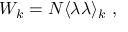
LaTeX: { \cal W } _ { k } = N \langle \lambda \lambda \rangle _ { k } ~ ,